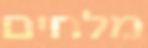
מלחים